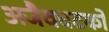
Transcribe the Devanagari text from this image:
अजैवघटकों